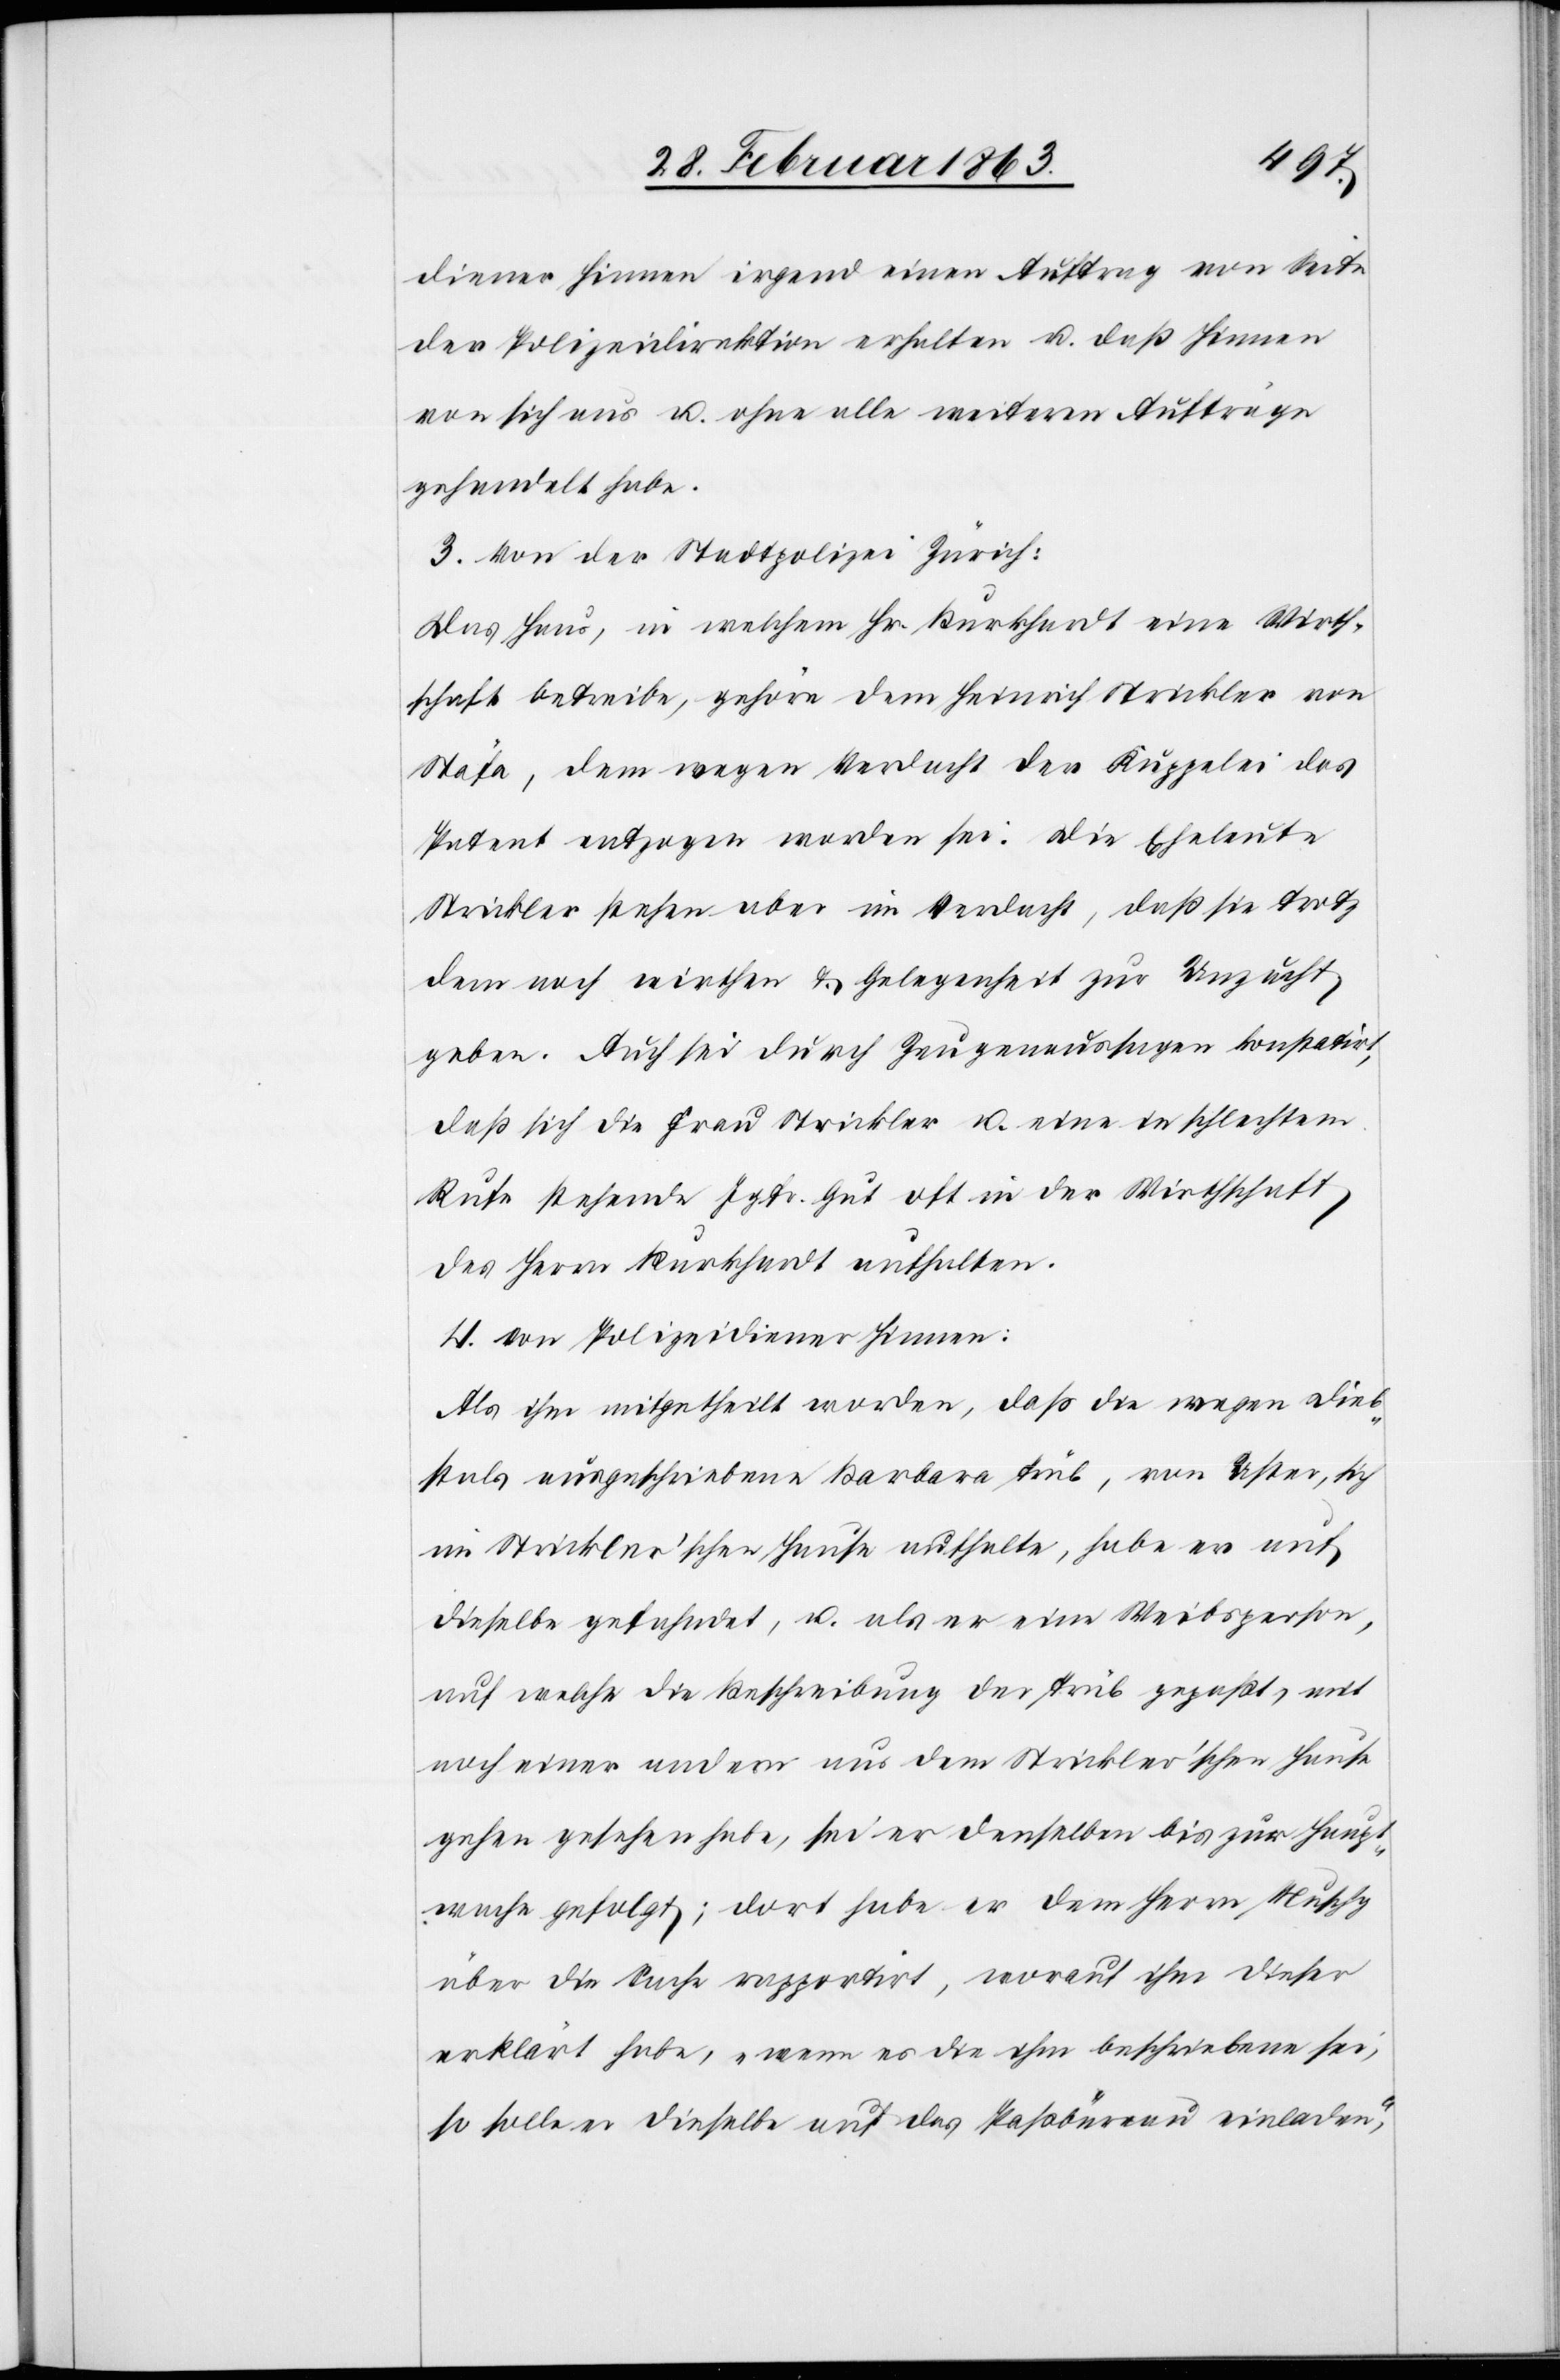
t,
diener Hinnen irgend einen Auftrag von Seite
der Polizeidirektion erhalten u. daß Hinnen
von sich aus u. ohne alle weiteren Aufträge
gehandelt habe.
3. Von der Stadtpolizei Zürich:
Das Haus, in welchem Hr. Burkhardt eine Wirth¬
schaft betreibe, gehöre dem Heinrich Strickler von
Stäfa, dem wegen Verdacht der Kuppelei das
Patent entzogen worden sei. Die Eheleute
Strickler stehen aber im Verdacht, daß sie trotz
dem noch wirthen & Gelegenheit zur Unzucht
geben. Auch sei durch Zeugenaussagen konstatir¬
daß sich die Frau Strickler u. eine in schlechtem
Rufe stehende Jgfr. Gut oft in der Wirthschaft
des Herrn Burkhardt aufhalten.
4. Von Polizeidiener Hinnen:
Als ihm mitgetheilt worden, daß die wegen Dieb¬
stals ausgeschriebene Barbara Trüb, von Uster, sich
im Strickler'schen Hause aufhalte, habe er auf
dieselbe gefahndet, u. als er eine Weibsperson,
auf welche die Beschreibung der Trüb gepaßt, mit
noch einer andern aus dem Strickler'schen Hause
gehen gesehen habe, sei er denselben bis zur Haupt¬
wache gefolgt; dort habe er dem Herrn Muschg
über die Sache rapportirt, worauf ihm dieser
erklärt habe, „wenn es die ihm beschriebene sei,
so solle er dieselbe auf das Paßbüreau einladen“,